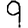
Digit: 9